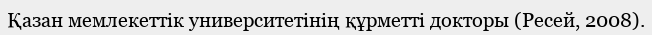
Қазан мемлекеттік университетінің құрметті докторы (Ресей, 2008).